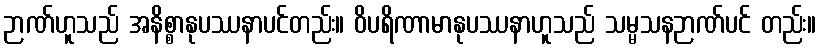
ဉာဏ်ဟူသည် အနိစ္စာနုပဿနာပင်တည်း။ ဝိပရိဏာမာနုပဿနာဟူသည် သမ္မသနဉာဏ်ပင် တည်း။